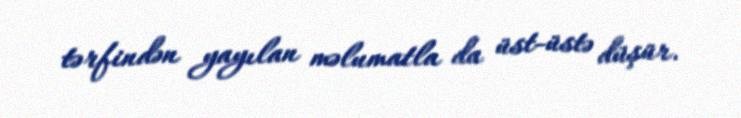
tərfindən yayılan məlumatla da üst-üstə düşür.